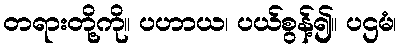
တရားတို့ကို။ ပဟာယ၊ ပယ်စွန့်၍။ ပဌမံ၊